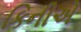
કિનીએ